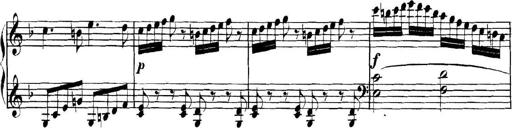
Title: Collected Piano Sonatas
Composer: Muzio Clementi